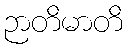
ဉာတိမာတိ